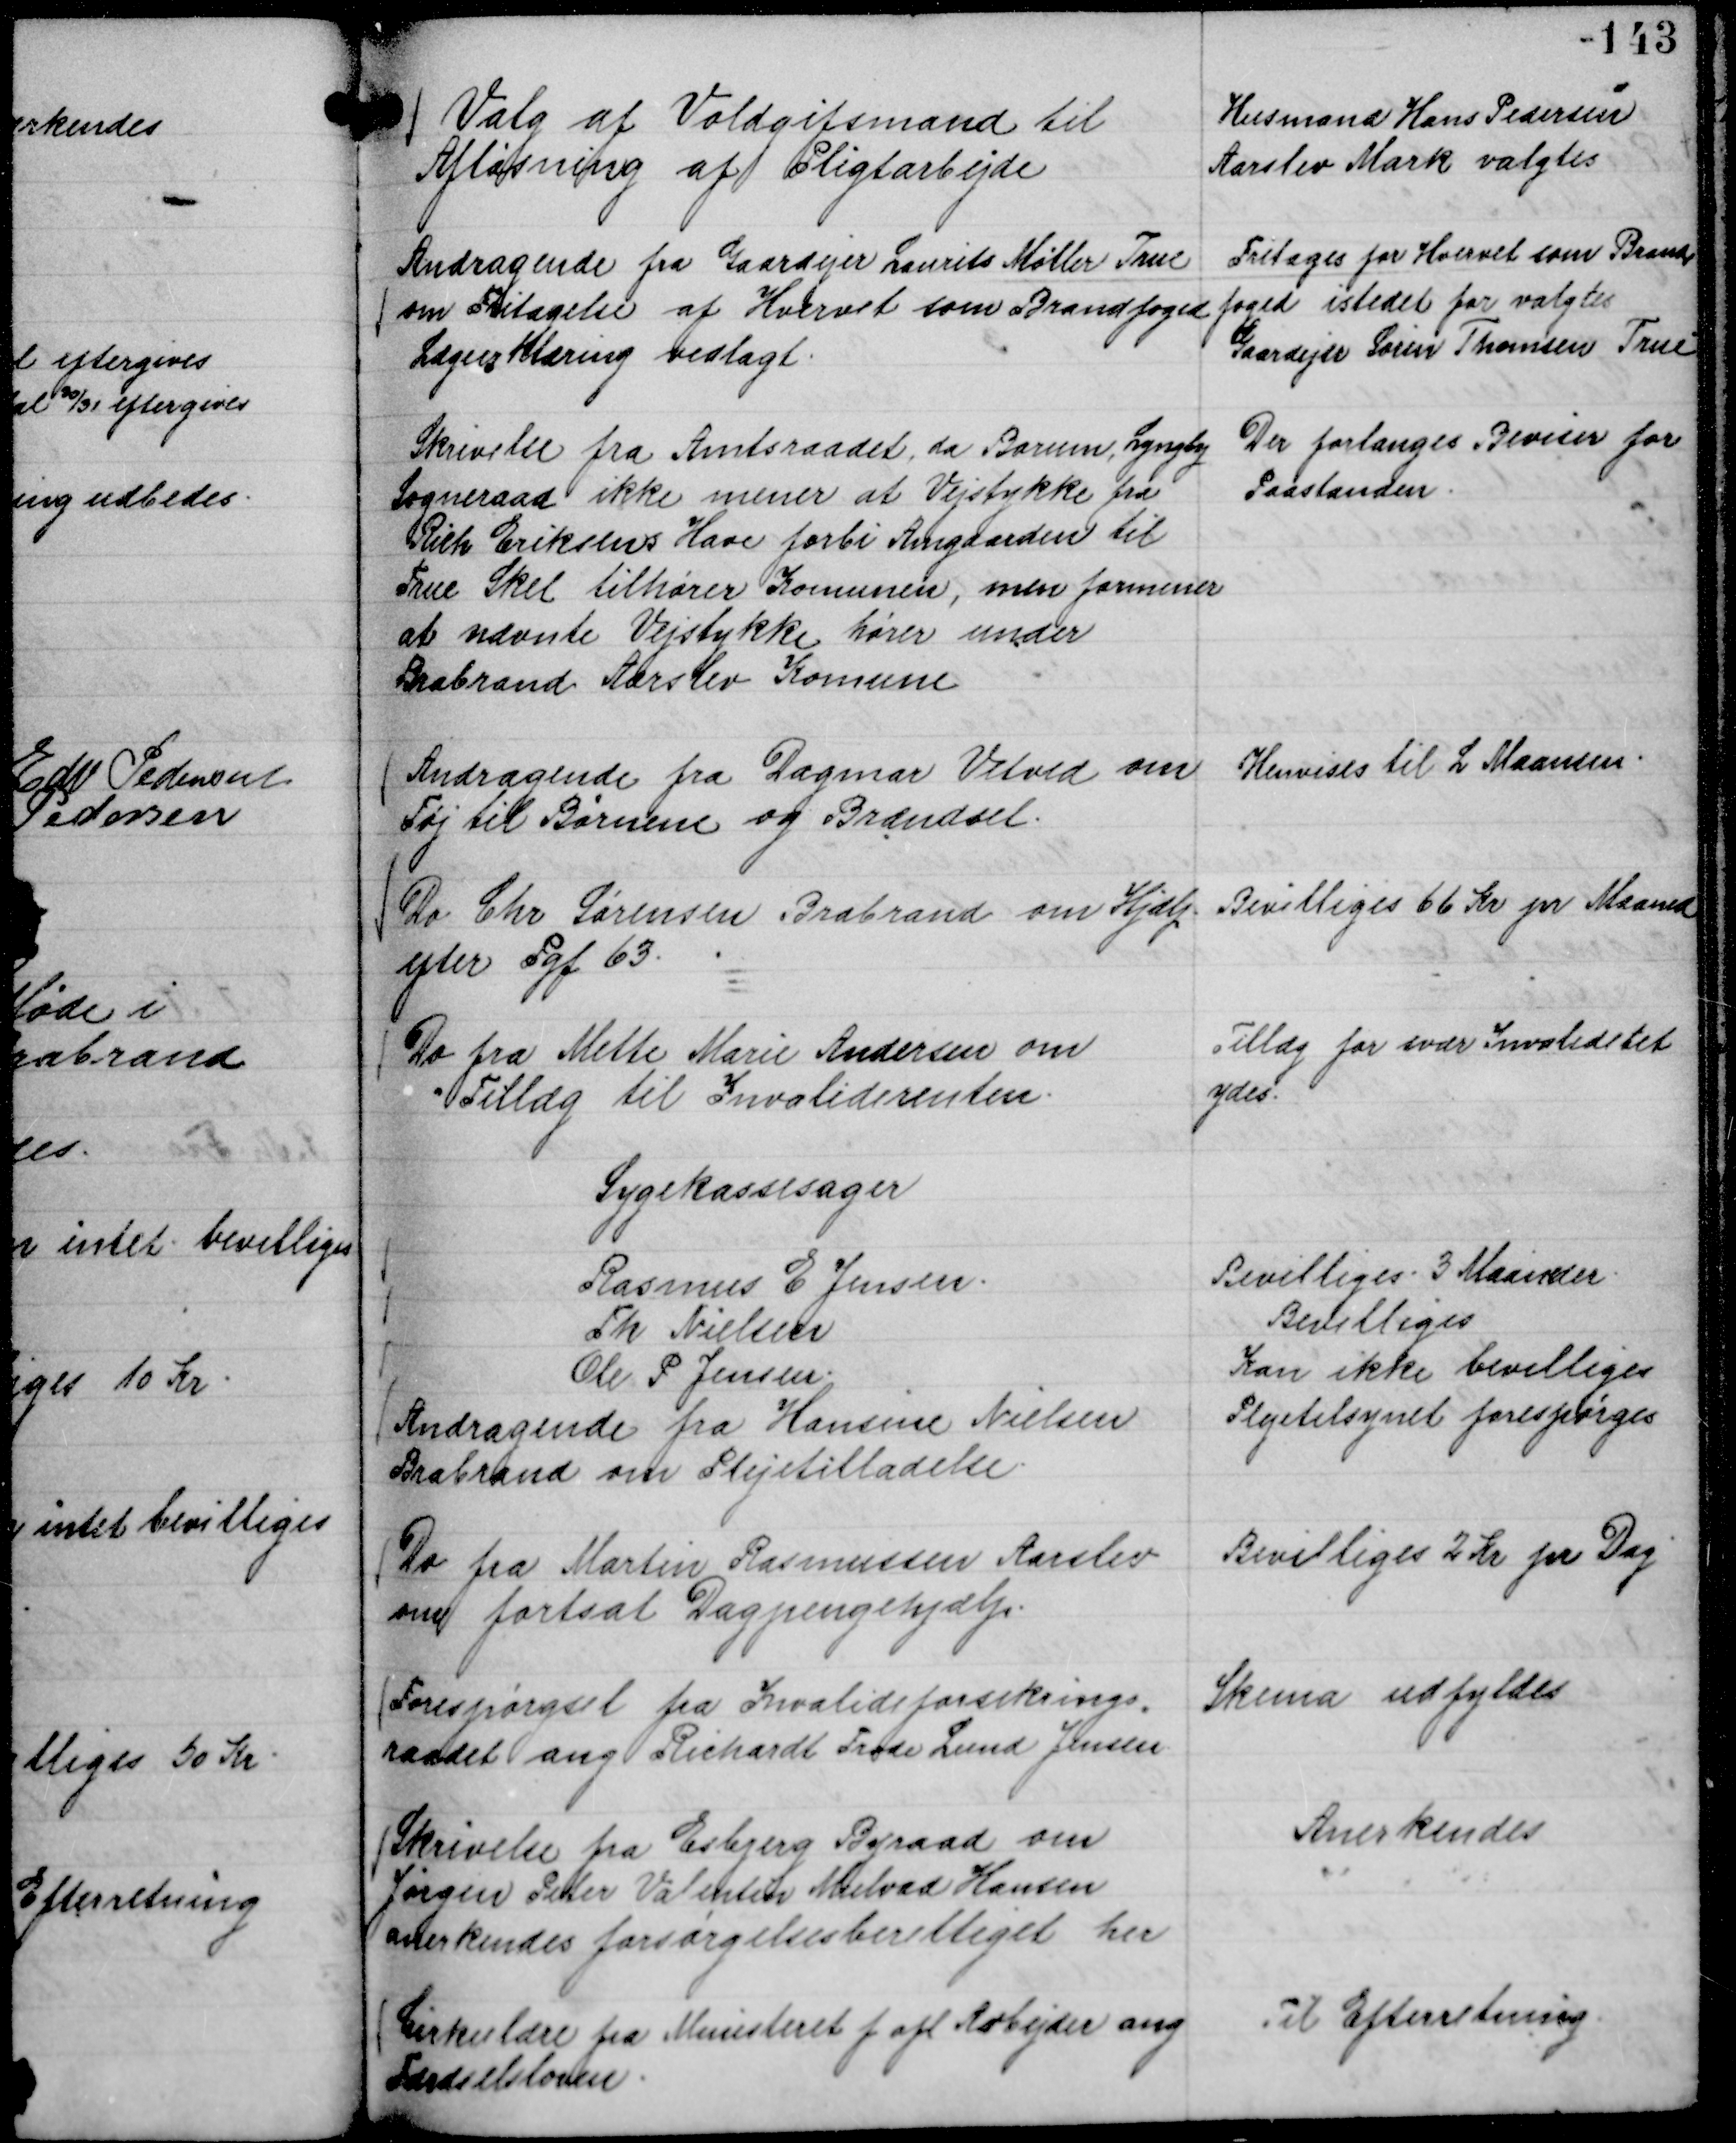
Transskription:
Valg af Voldgiftsmand til
Afløsning af Pligtarbejde

Husmand Hans Pedersen
Aarslev Mark valgtes

Andragende fra Gaardejer Laurits Møller True
om Fritagelse af Hvervet som Brandfoged
Lægeerklæring vedlagt.

Fritages for Hvervet som Brand,,
foged istedet for valgtes
Gaardejer Søren Thomsen True

Skrivelse fra Amtsraadet, da Borum Lyngby
Sogneraad ikke mener at Vejstykke fra
Rich Eriksens Have forbi Amgaarden til
True Skel tilhører Komunen, men formener
at nævnte Vejstykke hører under
Brabrand Aarslev Komune

Der forlanges Beviser for
Paastanden.

Andragende fra Dagmar Vitved om
Tøj til Børnene og Brændsel.

Henvises til L Maansen.

Do Chr Sørensen Brabrand om Hjælp
efter Pgf 63.

Bevilliges 66 Kr pr Maaned

Do fra Mette Marie Andersen om
Tillæg til Invaliderenten.

Tillæg for svær Invaliditet
ydes.

Sygekassesager
Rasmus E Jensen.
Bevilliges 3 Maaneder.
Th Nielsen
Bevilliges
Ole P Jensen.
Kan ikke bevilliges

Andragende fra Hansine Nielsen
Brabrand om Plejetilladelse.

Plejetilsynet forespørges

Do fra Martin Rasmussen Aarslev
om fortsat Dagpengehjælp.

Bevilliges 2 Kr pr Dag

Forespørgsel fra Invalideforsikrings,
raadet ang Richardt Frode Lund Jensen.

Skema udfyldes

Skrivelse fra Esbjerg Byraad om
Jørgen Peter Valentin Mulvad Hansen
anerkendes forsørgelsesberettiget her

Anerkendes

Cirkulære fra Ministeriet f ofl Arbejder ang
Færdselsloven.

Til Efterretning.